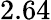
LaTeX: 2.64